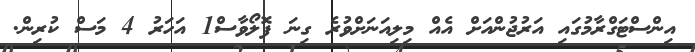
އިންސްޓަގްރާމުގައި އަރުޖުންއަށް އެއް މިލިއަނަށްވުރެ ގިނަ ފޮލޯވާސް1 އަހަރު 4 މަސް ކުރިން.